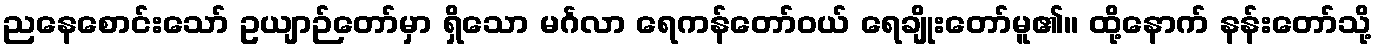
ညနေစောင်းသော် ဥယျာဉ်တော်မှာ ရှိသော မင်္ဂလာ ရေကန်တော်ဝယ် ရေချိုးတော်မူ၏။ ထို့နောက် နန်းတော်သို့